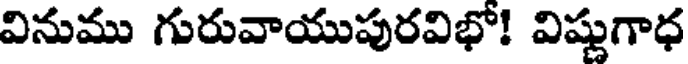
వినుము గురువాయుపురవిభో! విష్ణుగాధ